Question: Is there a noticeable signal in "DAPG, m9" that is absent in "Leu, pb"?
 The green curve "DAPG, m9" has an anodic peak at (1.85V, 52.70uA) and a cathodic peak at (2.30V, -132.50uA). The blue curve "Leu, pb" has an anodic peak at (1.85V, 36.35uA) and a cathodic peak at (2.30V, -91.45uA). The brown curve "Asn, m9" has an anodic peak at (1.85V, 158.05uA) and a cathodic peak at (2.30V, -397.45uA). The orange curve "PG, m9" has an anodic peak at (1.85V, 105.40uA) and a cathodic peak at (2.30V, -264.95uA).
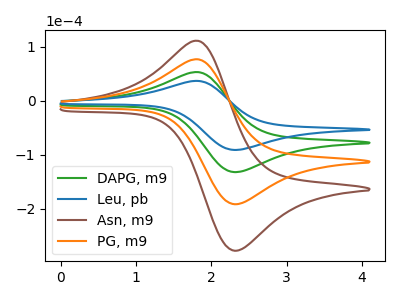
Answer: <think>All the peaks in "DAPG, m9" have a peak in "Leu, pb" at the same potential. Every peak in "DAPG, m9" is higher than every peak in "Leu, pb".
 </think>
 <answer>No, "DAPG, m9" and "Leu, pb" don't appear to be significantly different in shape</answer>
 <eval>no_change</eval>